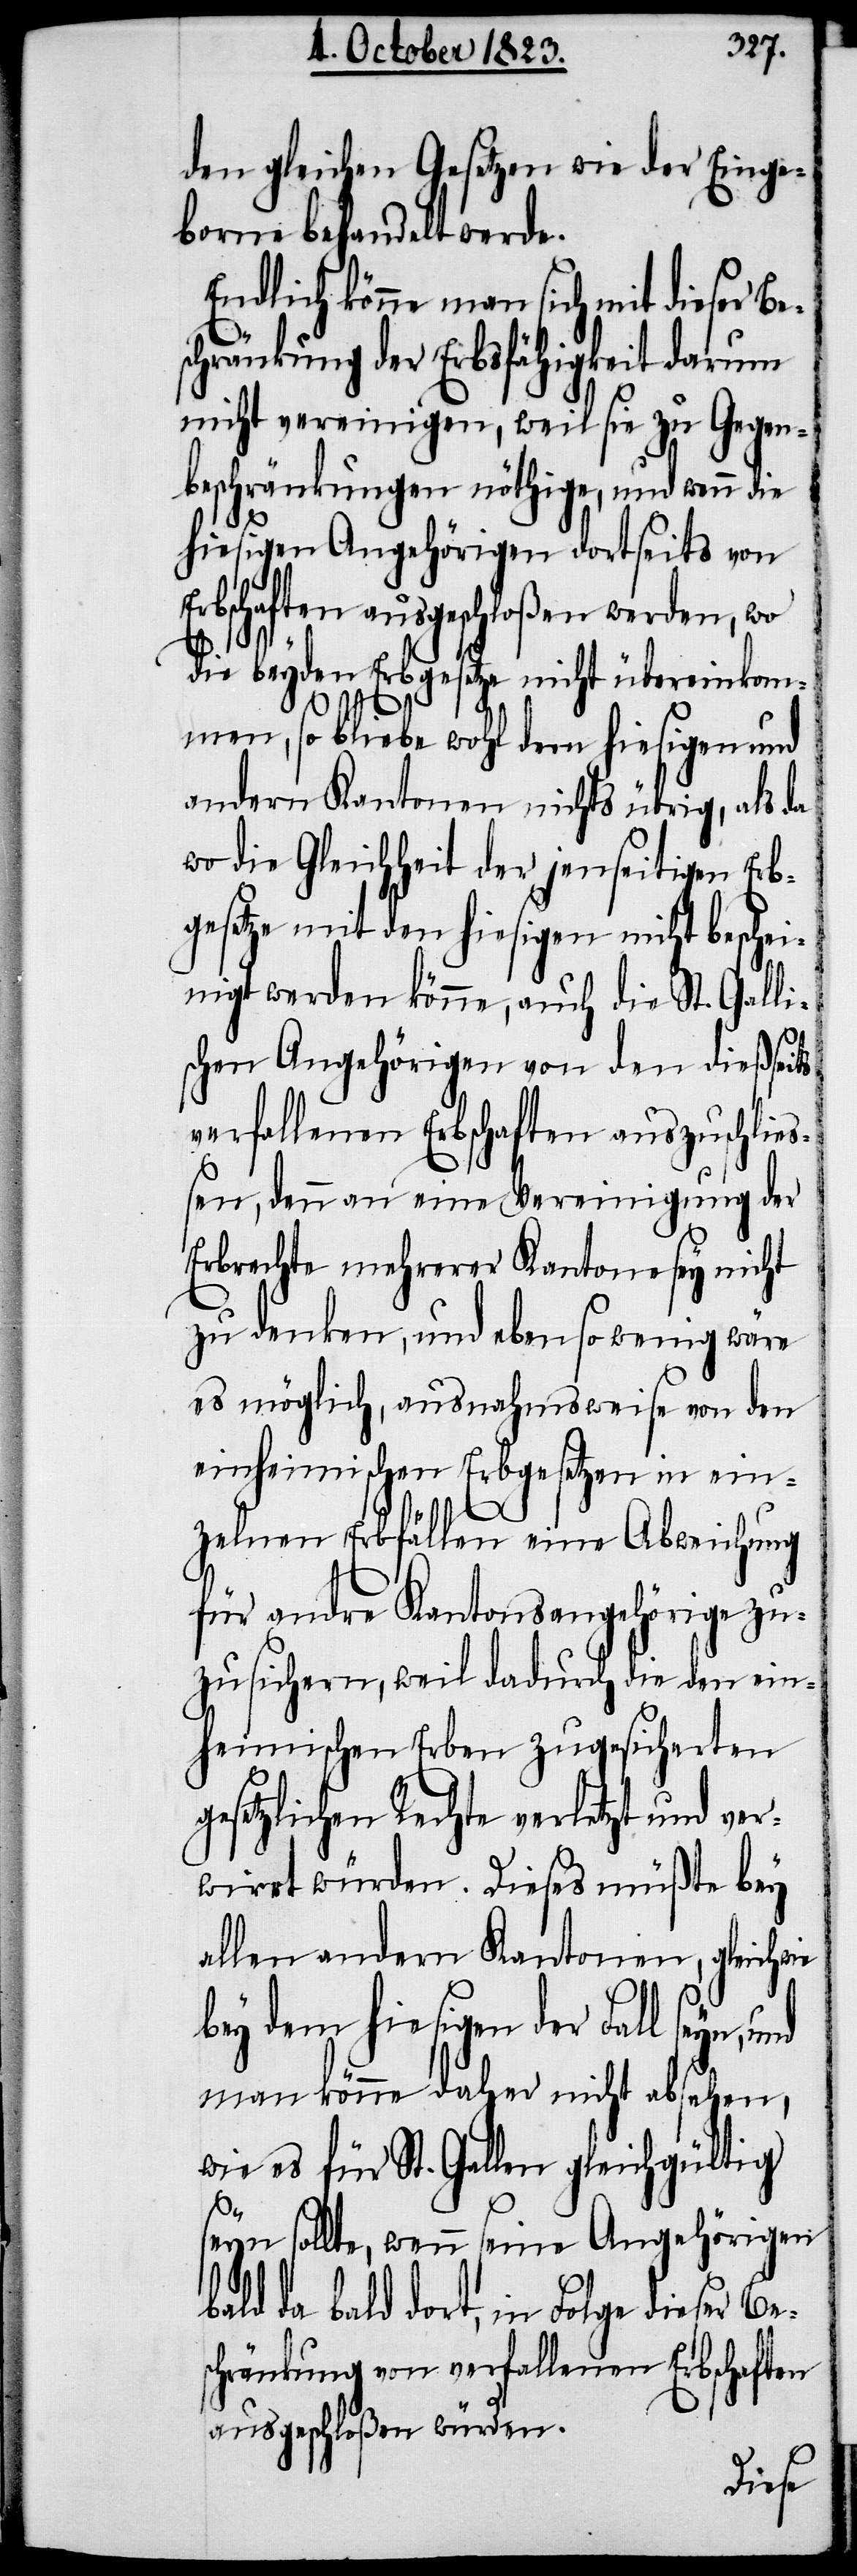
den gleichen Gesetzen wie der Einge¬
borne behandelt werde.
Endlich könne man sich mit dieser Be¬
schränkung der Erbsfähigkeit darum
nicht vereinigen, weil sie zu Gegen¬
beschränkungen nöthige, und wenn die
hiesigen Angehörigen dortseits von
Erbschaften ausgeschloßen werden, wo
die beyden Erbgesetze nicht übereinkom¬
men, so bliebe wohl dem hiesigen und
andern Kantonen nichts übrig, als da
wo die Gleichheit der jenseitigen Erb¬
gesetze mit den hiesigen nicht beschei¬
nigt werden könne, auch die St. Galli¬
schen Angehörigen von den dießseits
verfallenen Erbschaften auszuschlie¬
ßen, denn an eine Vereinigung der
Erbrechte mehrerer Kantone sey nicht
zu denken, und eben so wenig wäre
es möglich, ausnahmsweise von den
einheimischen Erbgesetzen in ein¬
zelnen Erbfällen eine Abweichung
für andre Kantonsangehörige zu¬
zusichern, weil dadurch die den ein¬
heimischen Erben zugesicherten
gesetzlichen Rechte verletzt und ver¬
wirrt würden. Dieses müßte bey
allen andern Kantonen, gleichwie
bey dem hiesigen der Fall seyn,
man könne daher nicht absehen,
wie es für St. Gallen gleichgültig
seyn sollte, wenn seine Angehörigen
bald da bald dort, in Folge dieser Be¬
schränkung von verfallenen Erbschaften
ausgeschloßen würden.